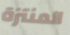
المنتزة